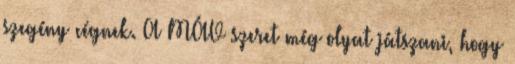
szegény cégnek. A MÁV szeret még olyat játszani, hogy